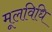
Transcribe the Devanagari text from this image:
मूलविधि